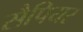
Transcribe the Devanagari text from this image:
सैपियर